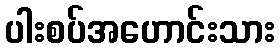
ပါးစပ်အဟောင်းသား